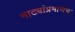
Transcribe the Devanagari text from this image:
नाट्यांप्रमाणेच